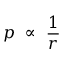
p \ \propto \ { \frac { 1 } { r } }